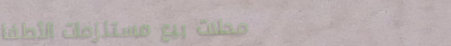
محلات بيع مستلزمات الأطفا